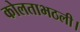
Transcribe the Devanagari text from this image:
कोलताभठली।